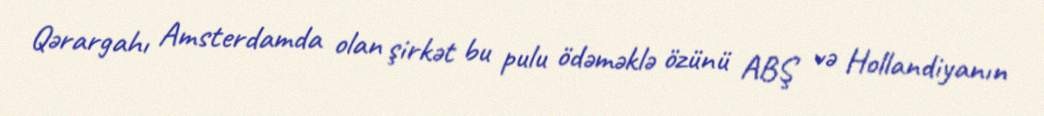
Qərargahı Amsterdamda olan şirkət bu pulu ödəməklə özünü ABŞ və Hollandiyanın